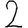
Digit: 2